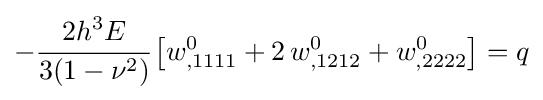
-{\cfrac {2h^{3}E}{3(1-\nu ^{2})}}\left[w_{,1111}^{0}+2\,w_{,1212}^{0}+w_{,2222}^{0}\right]=q